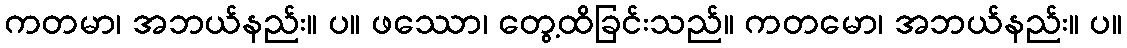
ကတမာ၊ အဘယ်နည်း။ ပ။ ဖဿော၊ တွေ့ထိခြင်းသည်။ ကတမော၊ အဘယ်နည်း။ ပ။